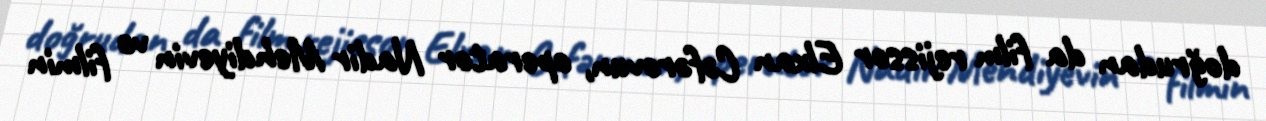
doğrudan da film rejissor Elxan Cəfərovun, operator Nadir Mehdiyevin və filmin